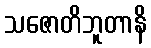
သဇောတိဘူတာနိ